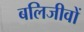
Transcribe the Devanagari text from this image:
बलिजीवों